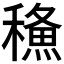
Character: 𥢦